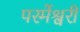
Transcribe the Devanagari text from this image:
परमेंश्वरी